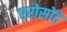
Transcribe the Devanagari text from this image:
एरोसोंदे